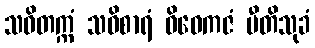
သဝိတက္ကံ သဝိစာရံ ဝိဝေကဇံ ပီတိသုခံ